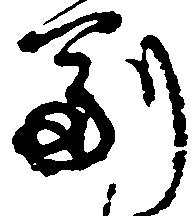
副